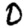
Digit: 0